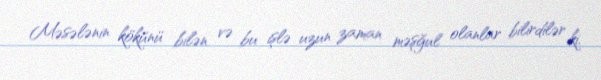
Məsələnin kökünü bilən və bu işlə uzun zaman məşğul olanlar bilirdilər ki,